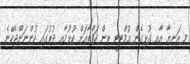
މި އަނިޔާ އާއި ގުޅިގެން އުމްޓިޓީ ތިން ހަފްތާއަށް ކުޅުމާއި ދުރުގައި ހުންނަންޖެހޭނެ